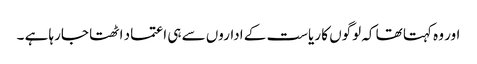
اور وہ کہتا تھا کہ لوگوں کا ریاست کے اداروں سے ہی اعتماد اٹھتا جارہا ہے ۔